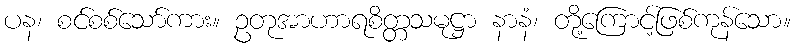
ပန၊ စင်စစ်သော်ကား။ ဥတုအာဟာရစိတ္တသမုဋ္ဌာ နာနံ၊ တို့ကြောင့်ဖြစ်ကုန်သော။